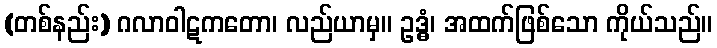
(တစ်နည်း) ဂလာဝါဋကတော၊ လည်ယာမှ။ ဥဒ္ဓံ၊ အထက်ဖြစ်သော ကိုယ်သည်။